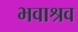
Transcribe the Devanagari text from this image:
भवाश्रव